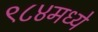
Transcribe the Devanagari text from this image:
९८४मध्ये